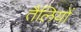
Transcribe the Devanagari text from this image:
तैलियों